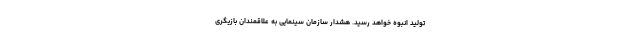
تولید انبوه خواهد رسید. هشدار سازمان سینمایی به علاقمندان بازیگری